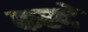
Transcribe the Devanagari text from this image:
कस्दे